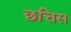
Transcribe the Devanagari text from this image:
छत्तिस